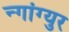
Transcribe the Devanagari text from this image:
न्गांग्युर